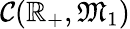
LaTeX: \mathcal{C}(\mathbb{R}_{+},\mathfrak{M}_{1})